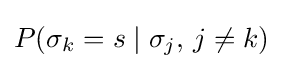
P(\sigma _{k}=s\mid \sigma _{j},\,j\neq k)